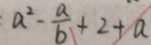
a ^ { 2 } - \frac { a } { b } + 2 + a